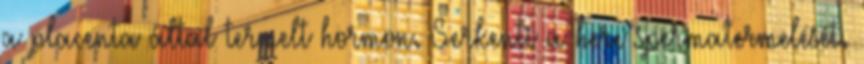
a placenta által termelt hormon. Serkenti a here spermatermelését.